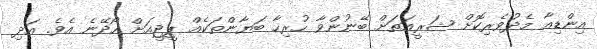
އިންޑިއާ މެދުވެރިކޮށް ޝަރީއަތަށް ބޭނުންވާ ހުރިހާ ބަޔާންތަކެއް ޕީޖީއަށް ހޯދޭނެ އެވެ. އަދި